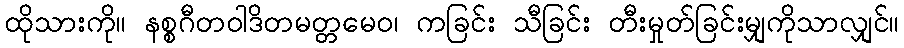
ထိုသားကို။ နစ္စဂီတဝါဒိတမတ္တမေဝ၊ ကခြင်း သီခြင်း တီးမှုတ်ခြင်းမျှကိုသာလျှင်။